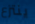
ينتزع